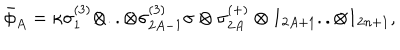
\bar { \phi } _ { A } = \kappa \sigma _ { 1 } ^ { ( 3 ) } \otimes . . \otimes \sigma _ { 2 A - 1 } ^ { ( 3 ) } \sigma \otimes \sigma _ { 2 A } ^ { ( + ) } \otimes 1 _ { 2 A + 1 } . . \otimes 1 _ { 2 n + 1 } ,